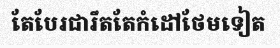
តែបែរជារឹតតែកំដៅថែមទៀត